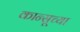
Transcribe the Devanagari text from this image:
कान्सूच्या